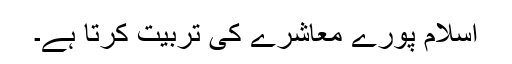
اسلام پورے معاشرے کی تربیت کرتا ہے۔